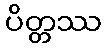
ပိတ္တဿ